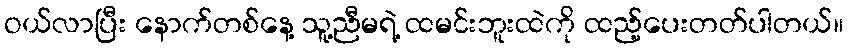
ဝယ်လာပြီး နောက်တစ်နေ့ သူ့ညီမရဲ့ ထမင်းဘူးထဲကို ထည့်ပေးတတ်ပါတယ်။